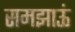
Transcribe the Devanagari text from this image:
समझाऊं